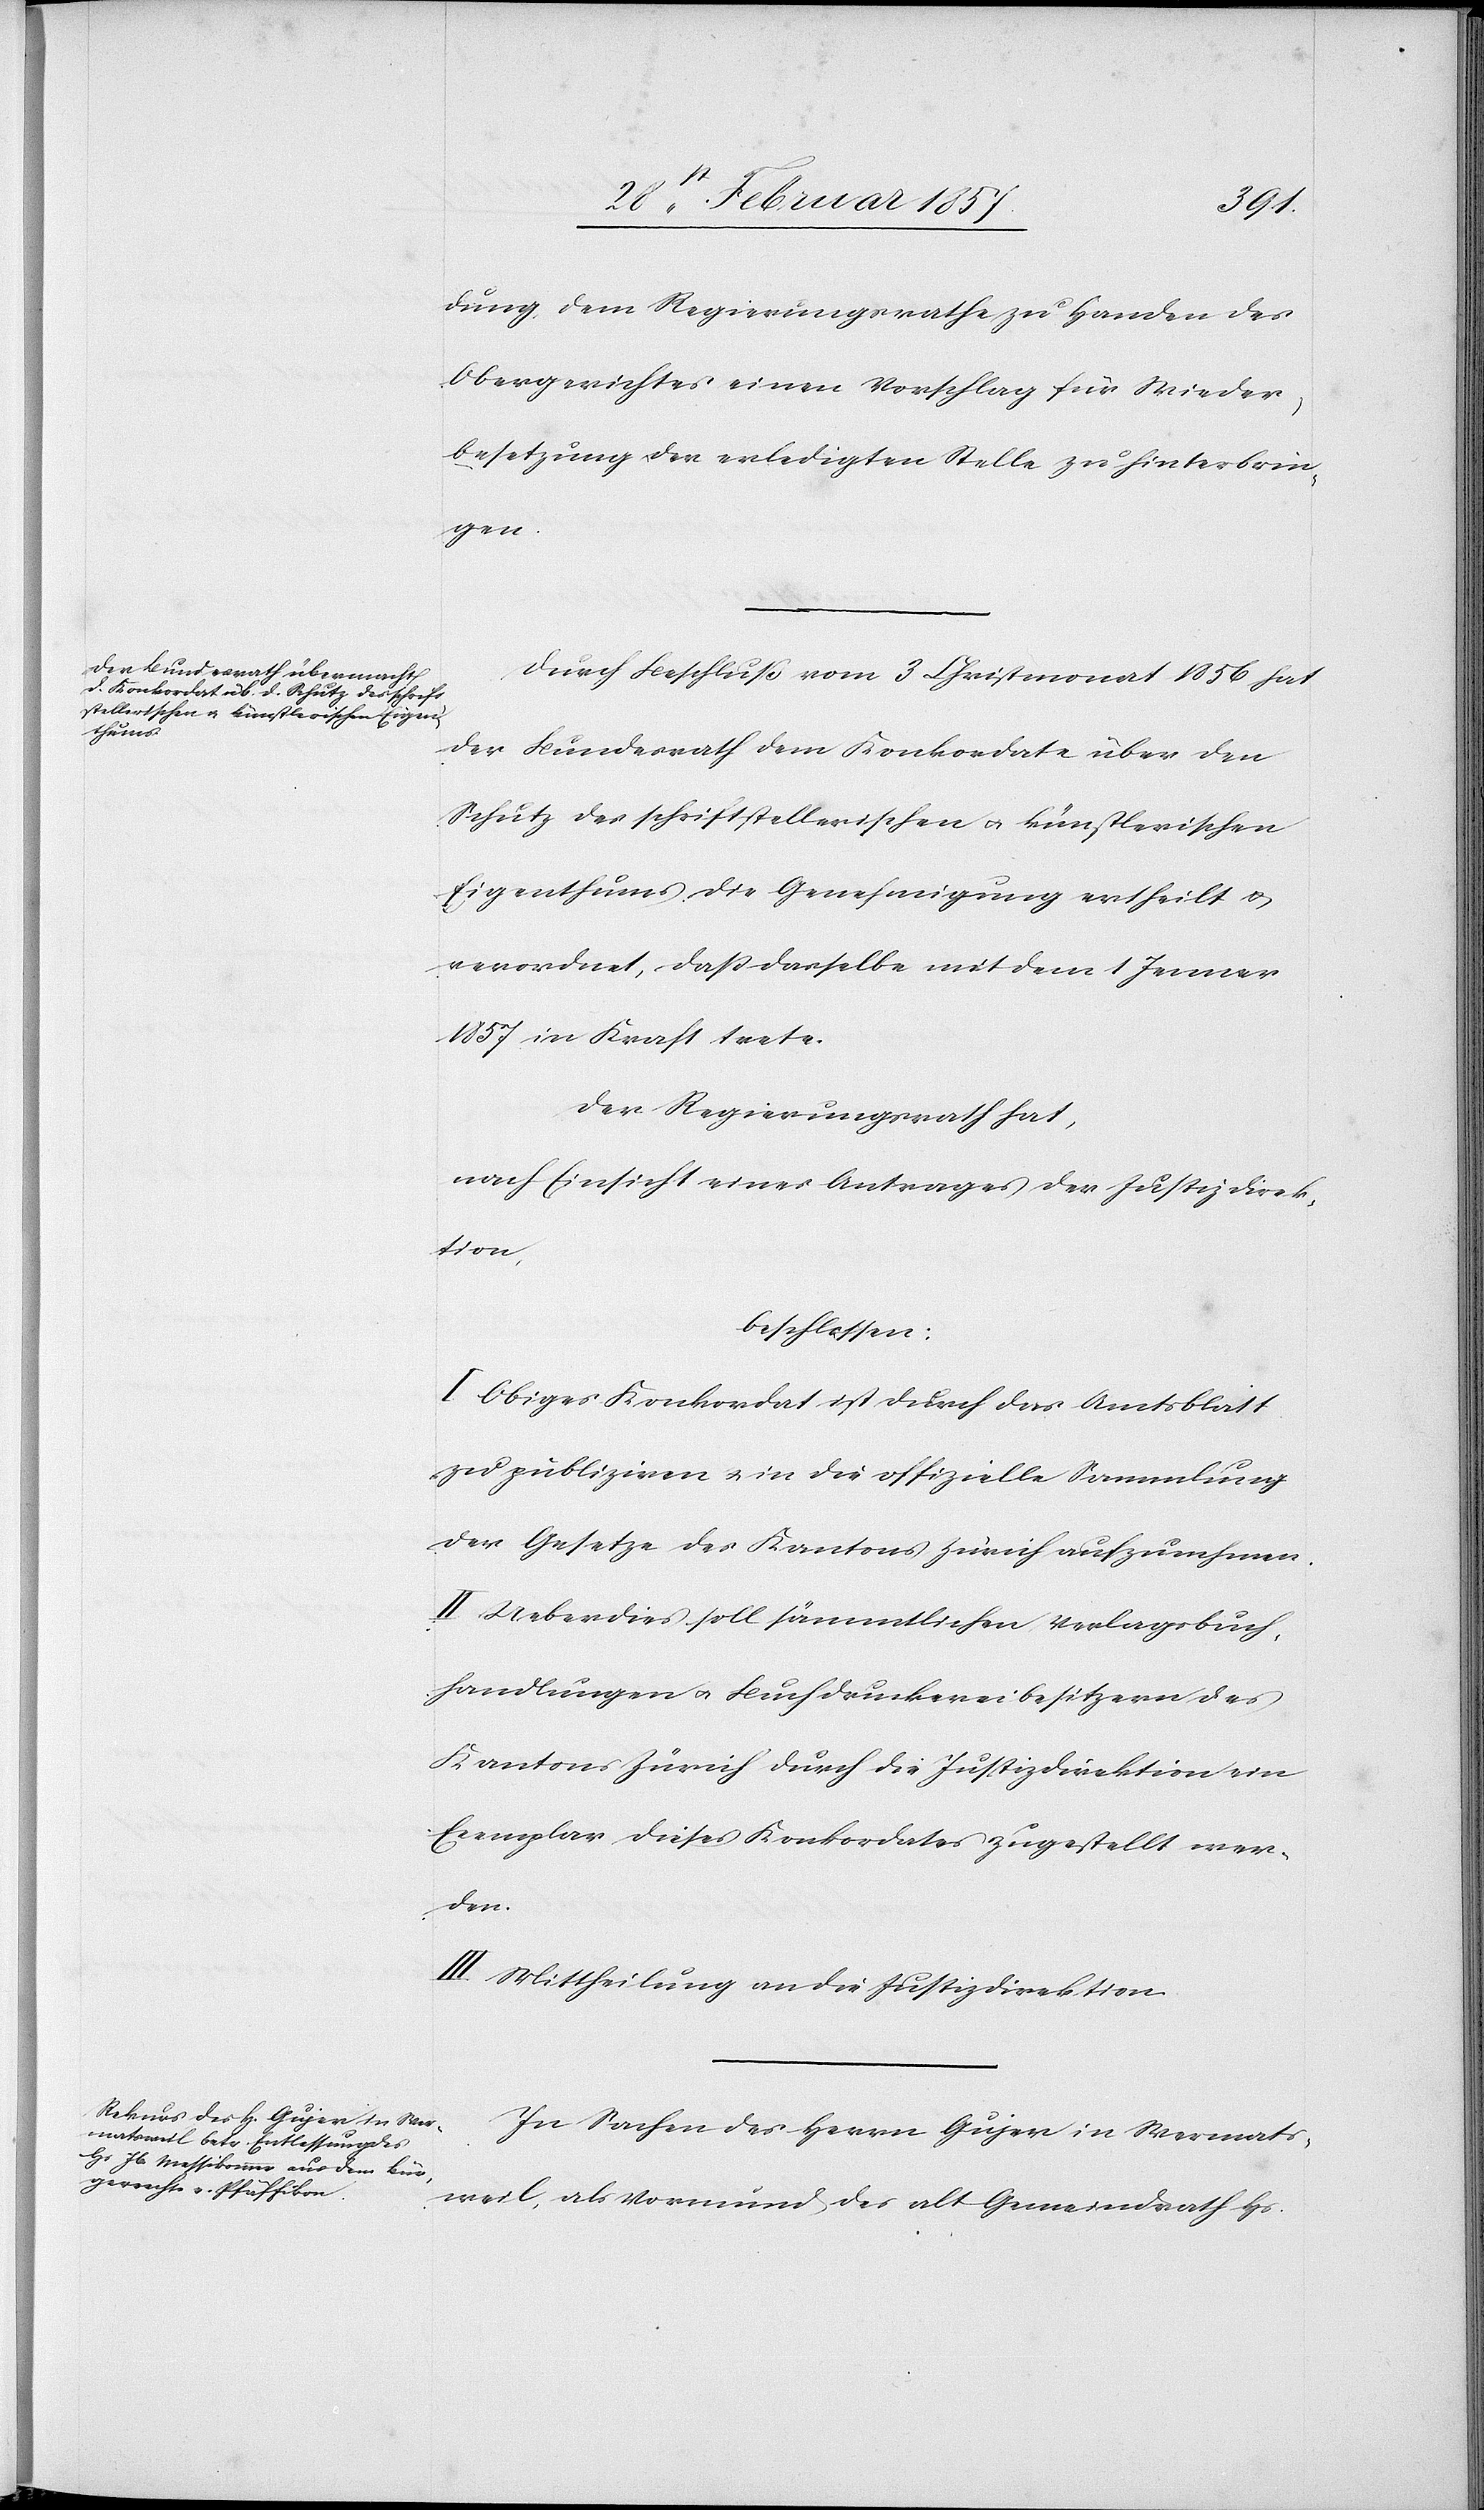
dung dem Regierungsrathe zu Handen des
Obergerichtes einen Vorschlag für Wieder¬
besetzung der erledigten Stelle zu hinterbrin¬
gen.
Durch Beschluß vom 3 Christmonat 1856 hat
der Bundesrath dem Konkordate über den
Schutz des schriftstellerischen u. künstlerischen
Eigenthums die Genehmigung ertheilt u.
verordnet, daß dasselbe mit dem 1 Jenner
1857 in Kraft trete.
Der Regierungsrath hat,
nach Einsicht eines Antrages der Justizdirek¬
tion,
beschlossen:
I. Obiges Konkordat ist durch das Amtsblatt
zu publiziren u. in die offizielle Sammlung
der Gesetze des Kantons Zürich aufzunehmen.
II. Ueberdies soll sämmtlichen Verlagsbuch¬
handlungen u. Buchdruckereibesitzern des
Kantons Zürich durch die Justizdirektion ein
Exemplar dieses Konkordates zugestellt wer¬
den.
III. Mittheilung an die Justizdirektion.
In Sachen des Herrn Gujer in Wermats¬
weil, als Vormund des alt Gemeindrath Hs